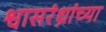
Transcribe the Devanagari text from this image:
श्वासरंध्रांच्या